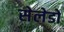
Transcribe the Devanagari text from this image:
सेलेडो